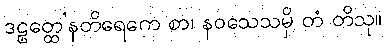
ဒဠှတ္ထေ’နတိရေကေ စာ၊ နဝသေသမှိ တံ တိသု။